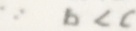
\because b < c